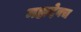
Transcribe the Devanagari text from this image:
महादेवच